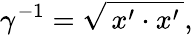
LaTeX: \gamma^{-1}=\sqrt{\, x^{\prime}\cdot x^{\prime}\, },